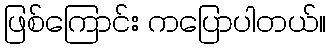
ဖြစ်ကြောင်း ကပြောပါတယ်။